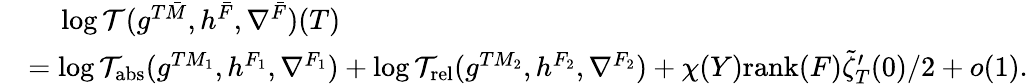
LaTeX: \begin{array}{rl}&{\ \ \ \ \log\mathcal{T}(g^{T\bar{M}},h^{\bar{F}},\nabla^{\bar{F}})(T)}\\ &{=\log\mathcal{T}_{\mathrm{abs}}(g^{TM_{1}},h^{F_{1}},\nabla^{F_{1}})+\log\mathcal{T}_{\mathrm{rel}}(g^{TM_{2}},h^{F_{2}},\nabla^{F_{2}})+\chi(Y)\mathrm{rank}(F)\tilde{\zeta}_{T}^{\prime}(0)/2+o(1).}\end{array}